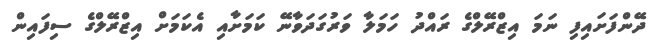
ދޭންފަށައިިފި ނަމަ އިޒްރޭލްގެ ރައްދު ހަމަލާ ވަރުގަދަވާނޭ ކަމަށާއި އެކަމަށް އިޒްރޭލްގެ ސިފައިން